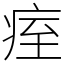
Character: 痓